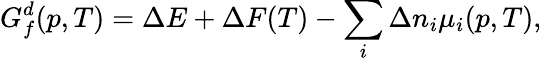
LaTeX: G_{f}^{d}(p,T)=\Delta E+\Delta F(T)-\sum_{i}\Delta n_{i}\mu_{i}(p,T),